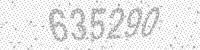
Solution: 635290